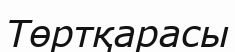
Төртқарасы